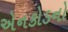
એનકોડનો